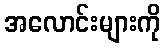
အလောင်းများကို